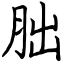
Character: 胐